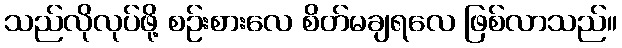
သည်လိုလုပ်ဖို့ စဉ်းစားလေ စိတ်မချရလေ ဖြစ်လာသည်။